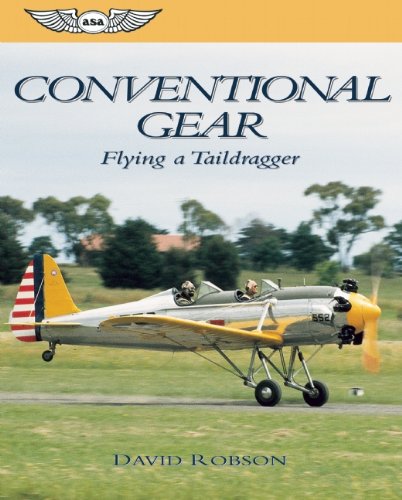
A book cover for Conventional Gear: Flying a Taildragger (General Aviation Reading series); David Robson; Sports & Outdoors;